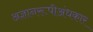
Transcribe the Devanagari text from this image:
अज्ञानरूपीअंधकार